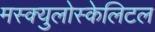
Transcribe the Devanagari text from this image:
मस्क्युलोस्केलिटल